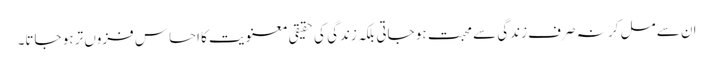
ان سے مل کر نہ صرف زندگی سے محبت ہو جاتی بلکہ زندگی کی حقیقی معنویت کا احساس فزوں تر ہو جاتا۔